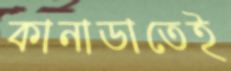
কানাডাতেই